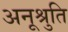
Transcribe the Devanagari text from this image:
अनूश्रुति